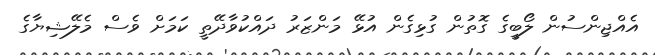
އެއްޖިންސުން ލޯބީގެ ގޮތުން ގުޅިގެން އުޅޭ މަންޒަރު ދައްކުވާދޭތީ ކަމަށް ވެސް މެލޭޝިޔާގެ